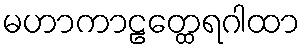
မဟာကာဠတ္ထေရဂါထာ